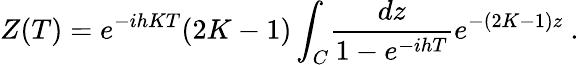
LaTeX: Z(T)=e^{-ihKT}(2K-1)\int_{C}\! {\frac{dz}{1-e^{-ihT}}}e^{-(2K-1)z}\ .